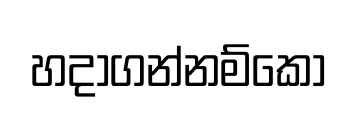
හදාගන්නම්කෝ